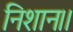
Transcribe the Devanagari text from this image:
निशान।।